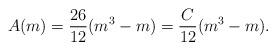
LaTeX: \begin{align*}A(m)=\frac{26}{12}(m^3-m)=\frac{C}{12}(m^3-m).\end{align*}